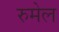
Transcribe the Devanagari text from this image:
रुमेल